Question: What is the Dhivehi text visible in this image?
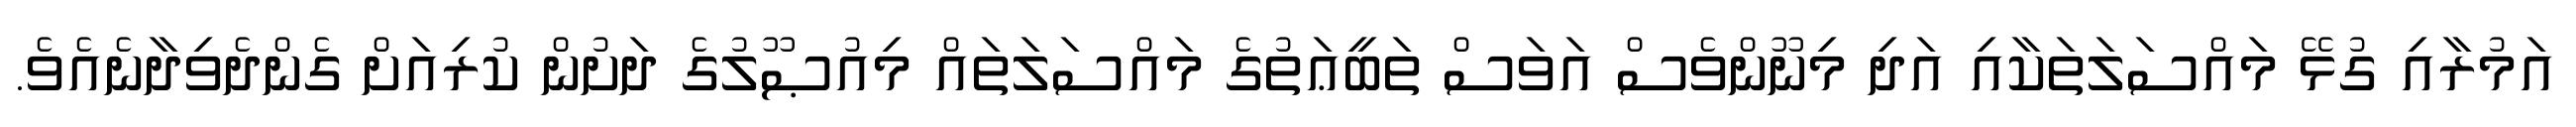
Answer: އަމުރާއި ގުޅޭ މައްސަލަތަކާއި އަދި މިނޫންވެސް އަވަސް ތަބީޢަތުގެ މައްސަލަތައް މިއުޞޫލުގެ ދަށުން ކުރިއަށް ގެންދެވިދާނެއެވެ.